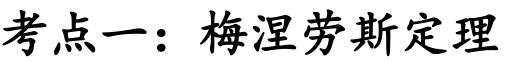
考点一：梅涅劳斯定理